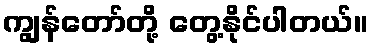
ကျွန်တော်တို့ တွေ့နိုင်ပါတယ်။